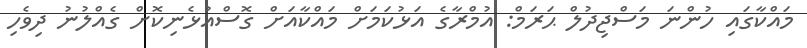
މައްކާގައި ހުންނަ މަސްޖިދުލް ޙަރަމް: އުމްރާގެ އަޅުކަމަށް މައްކާއަށް ގޮސްއުޅެނިކޮށް ގެއްލުނު ދިވެހި